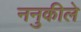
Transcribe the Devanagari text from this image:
ननुकीले